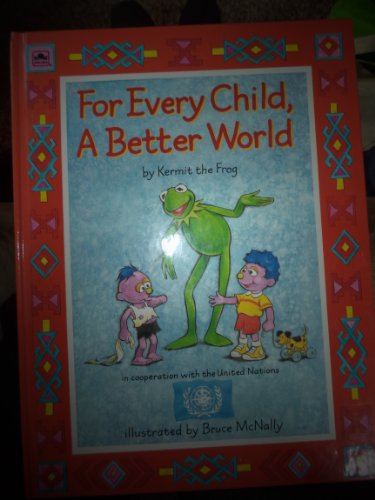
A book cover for For Every Child A Better World; Jim Henson; Parenting & Relationships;